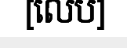
[លេប]